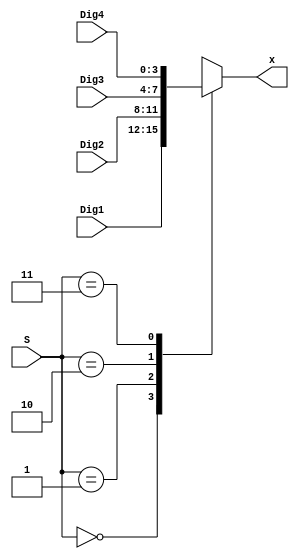
`timescale 1ns / 1ps
//////////////////////////////////////////////////////////////////////////////////
// Company: 
// Engineer: 
// 
// Design Name: 
// Module Name: mux4to1
// Project Name: 
// Target Devices: 
// Tool Versions: 
// Description: 
// 
// Dependencies: 
// 
// Revision:
// Revision 0.01 - File Created
// Additional Comments:
// 
//////////////////////////////////////////////////////////////////////////////////


module mux4to1(
input [1:0] S,
    input [3:0]Dig1,
    input [3:0]Dig2,
    input [3:0]Dig3,
    input [3:0]Dig4,
    output reg [3:0] x
    );
    always @(*) begin 
    case(S) 
        2'b00: x=Dig1; 
        2'b01: x=Dig2;
        2'b10: x=Dig3;
        2'b11: x=Dig4; 
        default: x=4'b1111; 
    endcase
    end
    
    
endmodule